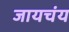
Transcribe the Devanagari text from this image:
जायचंय